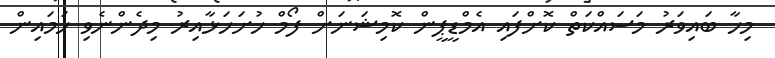
މިހާ ބައިވަރު މަސައްކަތް ކޮށްފައި އެމްޑީޕީން ކޮމިޝަނަށް ފޯމް ހުށަހަޅާއިރު މިދެންނެވި ހަމައިން